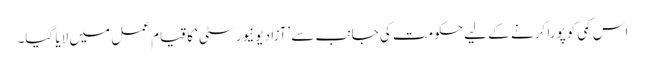
اس کمی کو پورا کرنے کے لیے حکومت کی جانب سے ’آزاد یونیورسٹی‘ کا قیام عمل میں لایا گیا۔